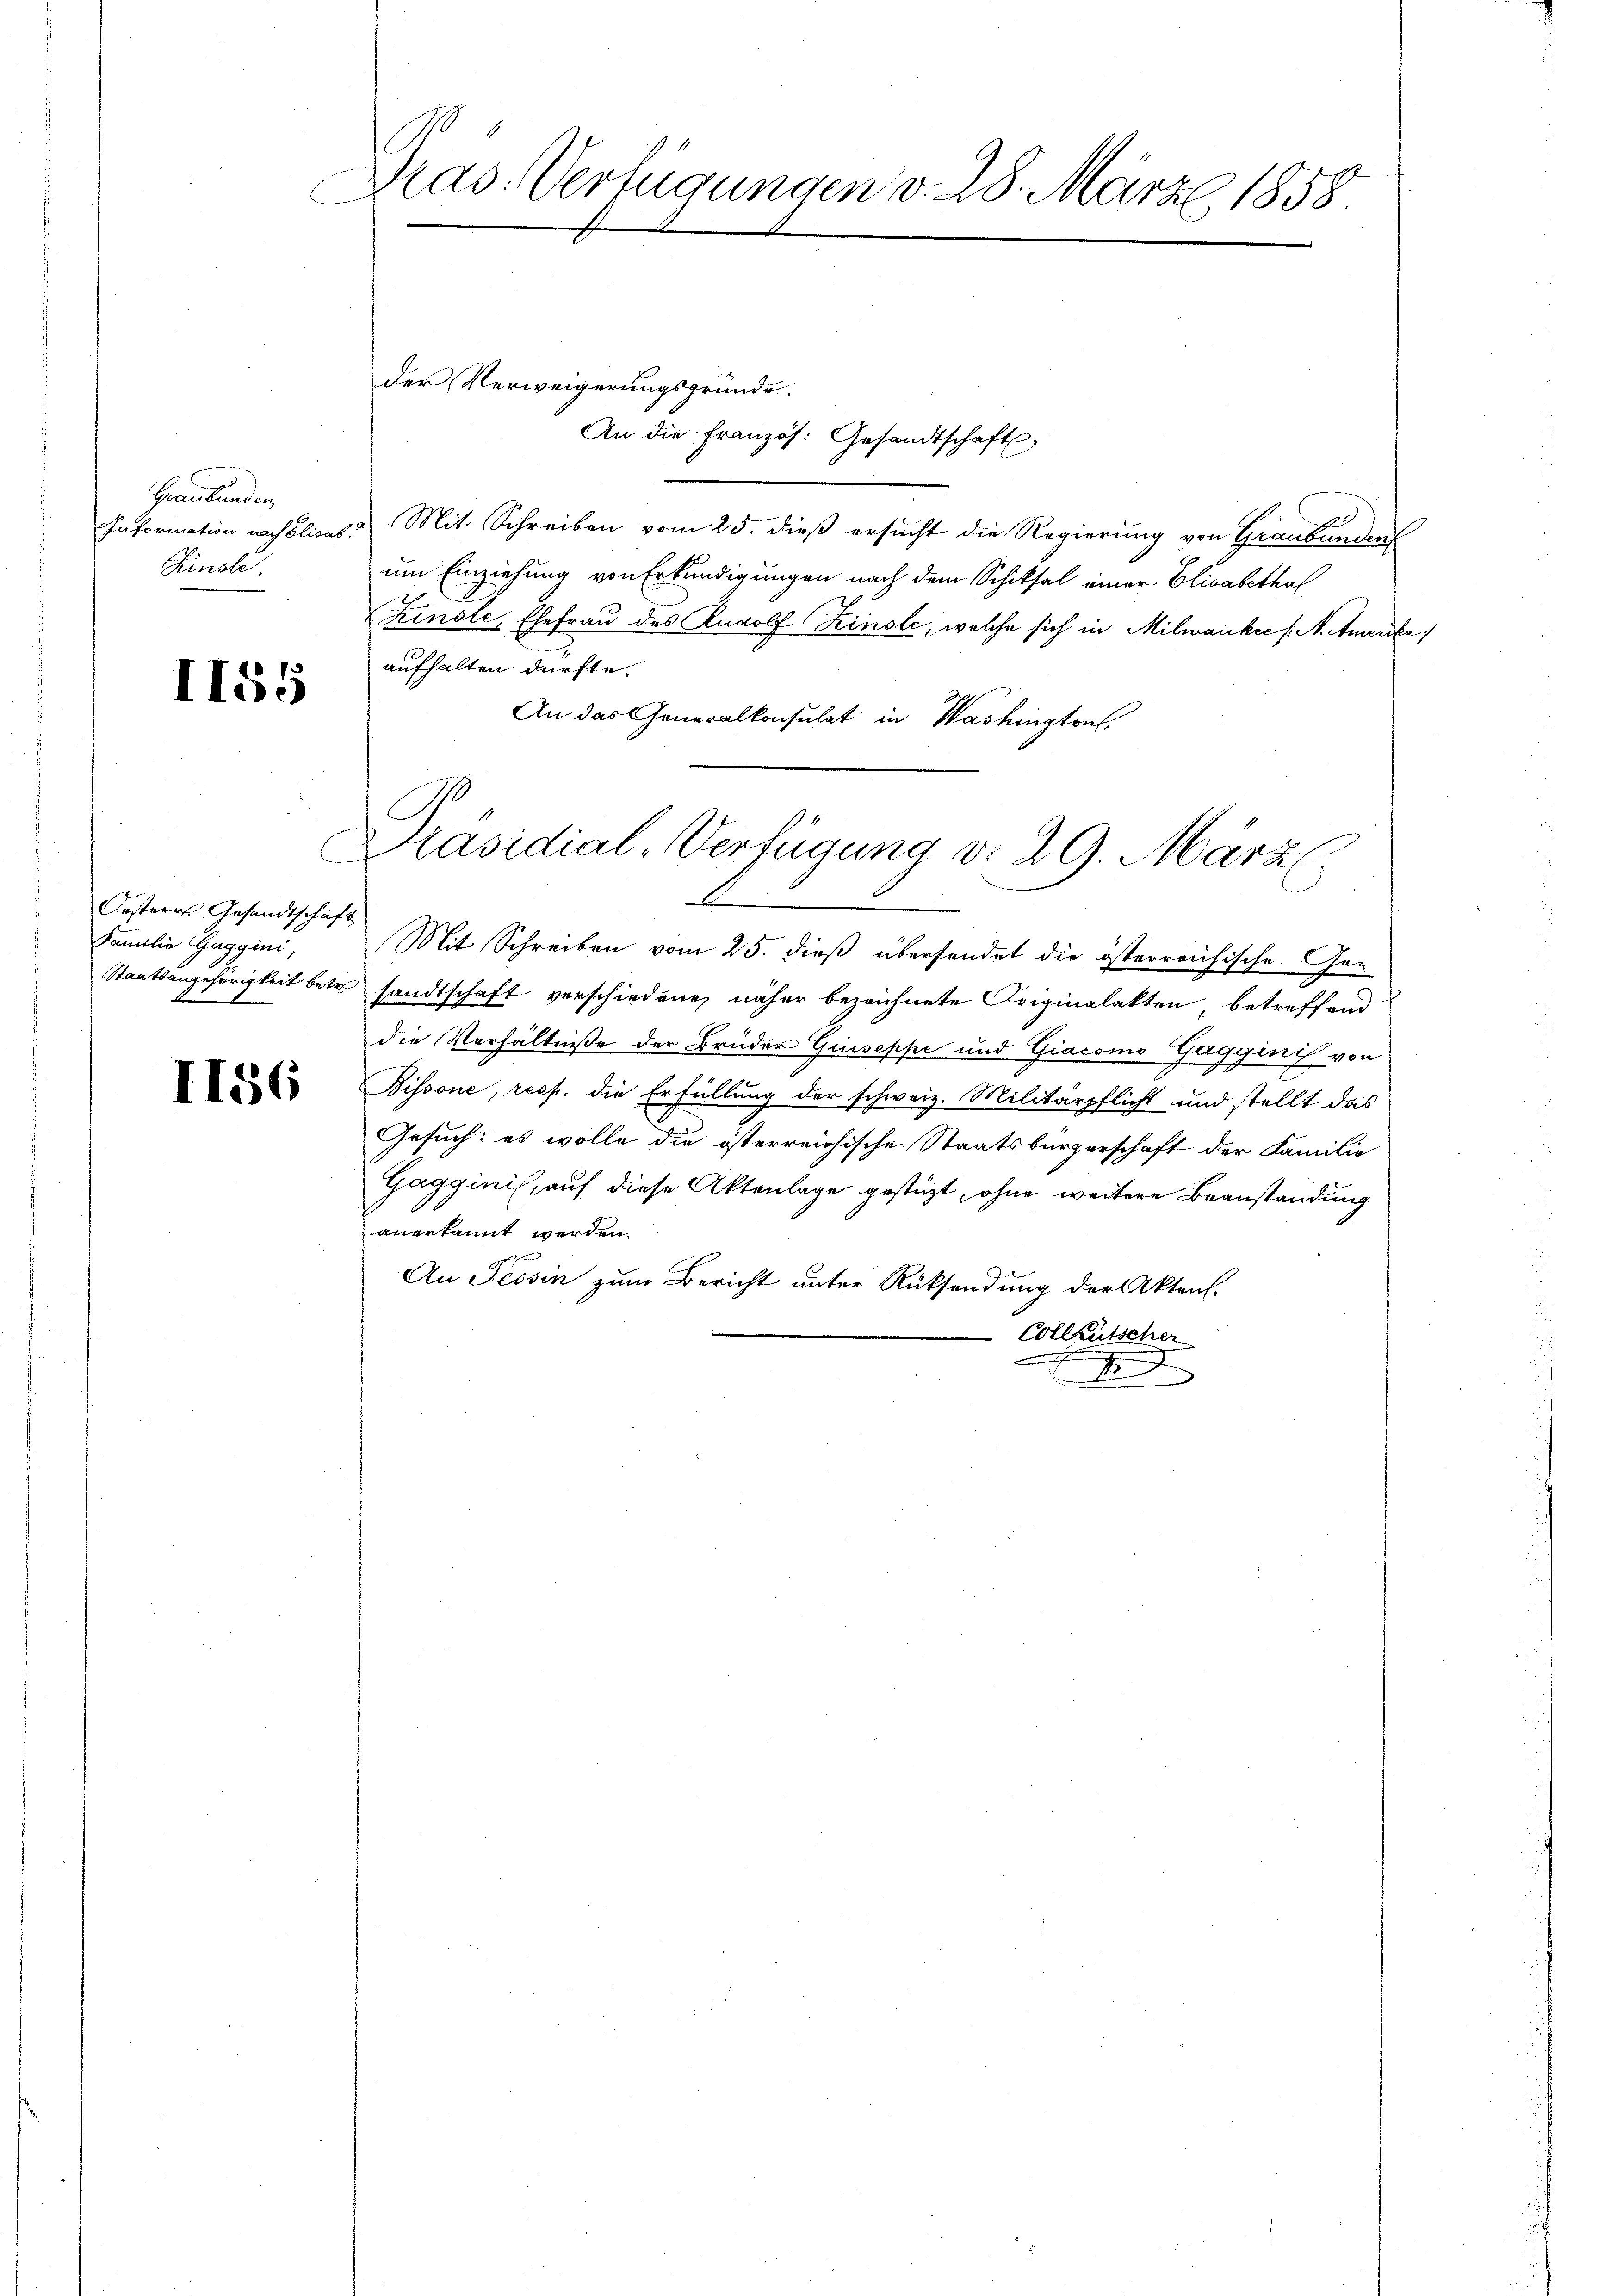
Graubünden,
Information nach Elisab
Finsle.

II55

Orsteres Gesandtschaft
Familie Gaggini,

I156

Pras. Verfügungen v. 28. März 1858.

der Verweigerungsgründe.
An die Französ. Gesandtschaft
a. Mit Schreiben vom 25. dieß ersucht die Regierung von Graubündenf
um Einziehung von Erkundigungen nach dem Schiksal einer Elisabethaf
Kinste Ehefrau des Rudolf Zinsle, welche sich in Milwankee /: M. Amerik
aufhalten dürfte.
An das Generalkonsulat in Washington.
Mit Schreiben vom 25. dieß übersendet die österreichische Ge¬
Staatsangehörigkeit betr. sandtschaft verschiedene näher bezeichnete Originalakten betreffend
die Verhältniße der Brüder Giuseppe und Giacomo Gagginis von
Bissone, resp. die Erfüllung der schweiz. Militärpflicht und stellt das
Gesuch: es wolle die österreichische Staatsbürgerschaft der Familie
Gagginis, auf diese Aktenlage gestüzt, ohne weitere Beanstandung
anerkannt werden.
g
An Tessin zum Bericht unter Rücksendung der Aktens.
Colleutscher

Präsidial-Verfügung v. 29. März l.
E
e